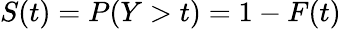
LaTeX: S(t)=P(Y>t)=1-F(t)